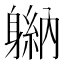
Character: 𬧮